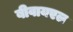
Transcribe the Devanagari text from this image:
बीवायएल